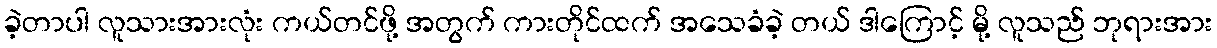
ခဲ့တာပါ လူသားအားလုံး ကယ်တင်ဖို့ အတွက် ကားတိုင်ထက် အသေခံခဲ့ တယ် ဒါကြောင့် မို့ လူသည် ဘုရားအား